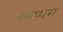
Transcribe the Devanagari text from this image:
नाप्पम